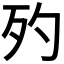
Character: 𣧀